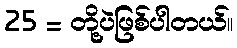
25 = တို့ပဲဖြစ်ပါတယ်။